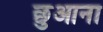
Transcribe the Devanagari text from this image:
छुआना